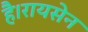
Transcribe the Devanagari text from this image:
है।रायसेन